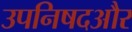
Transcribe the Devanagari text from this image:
उपनिषदऔर